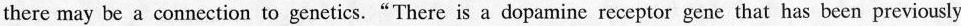
there may be a connection to genetics. “There is a dopamine receptor gene that has been previously